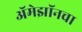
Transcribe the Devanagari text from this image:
अॅमेझॉनचा